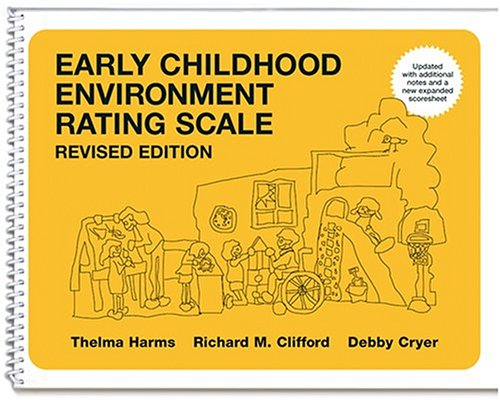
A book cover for Early Childhood Environment Rating Scale Revised (ECERS-R); Thelma Harms; Education & Teaching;